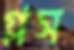
গ্লস